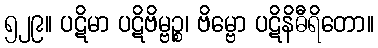
၅၂၉။ ပဋိမာ ပဋိဗိမ္ဗဉ္စ၊ ဗိမ္ဗော ပဋိနိဓီရိတော။